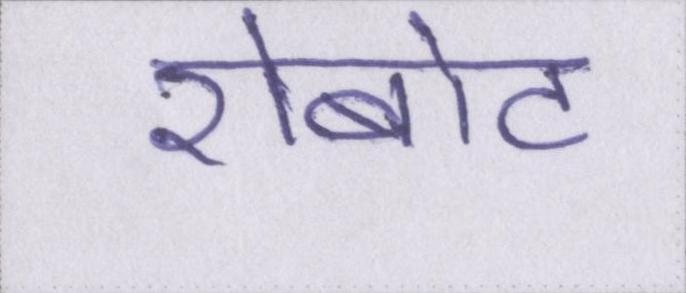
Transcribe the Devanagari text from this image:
रोबोट